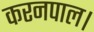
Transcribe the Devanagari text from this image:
करनपाल।